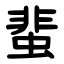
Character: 蜚